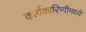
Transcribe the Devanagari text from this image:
कार्यकारिणीमध्ये